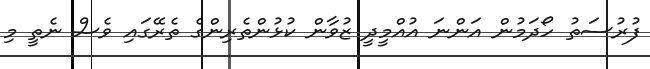
ފުރުސަތު ހޯދަމުން އަންނަ އުއްމީދީ ޒުވާން ކުޅުންތެރިންގެ ތެރޭގައި ވެސް ނެތީ މި